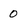
Character: 0